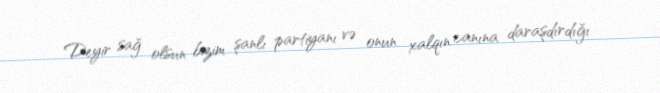
Deyir sağ olsun bizim şanlı partiyanı və onun xalqın canına daraşdırdığı